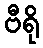
ဗီရို